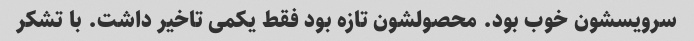
سرویسشون خوب بود. محصولشون تازه بود فقط یکمی تاخیر داشت. با تشکر